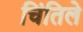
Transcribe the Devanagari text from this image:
चिंतिले